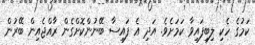
ކަމުގެ ހެކި ލިބިފައިވާ ކަމަށެވެ. އަދި އެ ފައިސާ ބޭނުންކޮށްގެން ރާއްޖެއިން ބޭރުން